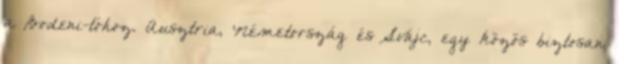
a Bodeni-tóhoz. Ausztria, Németország és Svájc, egy közös biztosan